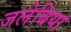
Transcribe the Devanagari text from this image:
जलेबिया